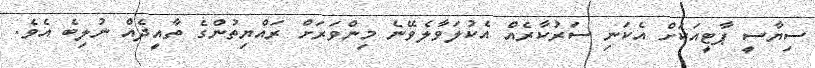
ސިޔާސީ ޕާޓީއަކަށް އެކަނި ސަރުކާރެއް އެކުލަވާލެވޭނެ މިންވަރަށް ރައްޔިތުންގެ ތާއީދެެއް ނުލިބެ އެވެ.